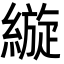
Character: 縼